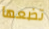
تضعها